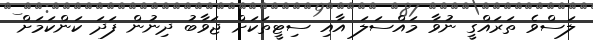
ލަސްވެ ތަރައްގީ ނުވާ މައްސަލަ އާއި ސިޓީތަކަށް ޖަވާބު ދިނުން ފަދަ ކަންކަމަށް